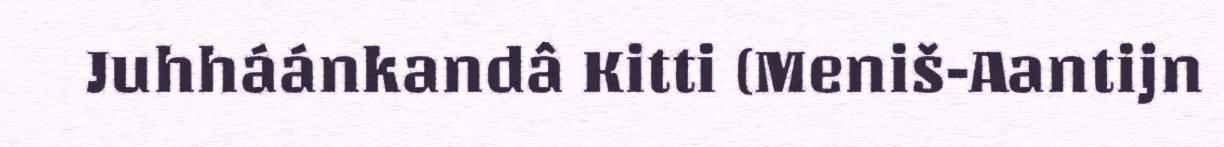
Juhháánkandâ Kitti (Meniš-Aantijn